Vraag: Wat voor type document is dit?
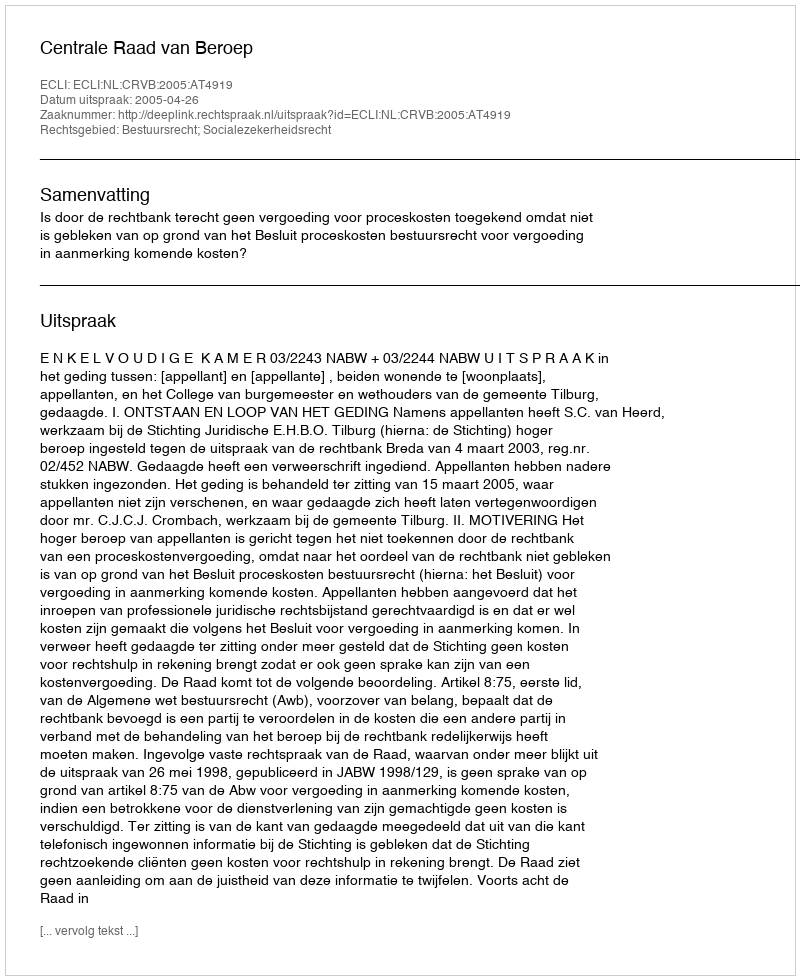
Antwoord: Uitspraak